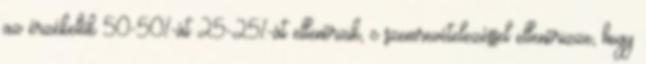
az érzékelõk 50-50%-át 25-25%-át ellenõrzik, c szemrevételezéssel ellenõrizze, hogy